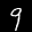
Label: 9